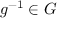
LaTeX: g ^ { - 1 } \in G